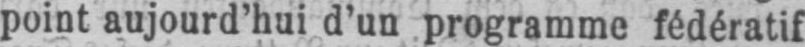
point aujourd’hui d’un programme fédératif